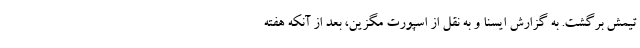
تیمش برگشت. به گزارش ایسنا و به نقل از اسپورت مگزین، بعد از آنکه هفته